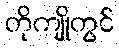
တိုကျိုတွင်